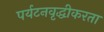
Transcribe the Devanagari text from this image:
पर्यटनवृद्धीकरता